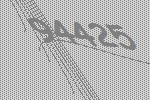
94425